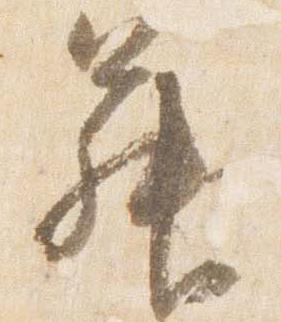
昇